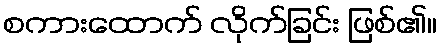
စကားထောက် လိုက်ခြင်း ဖြစ်၏။